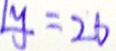
1 y = 2 6